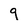
Character: 9